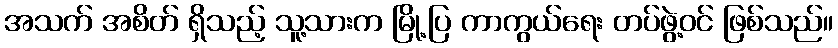
အသက် အစိတ် ရှိသည့် သူ့သားက မြို့ပြ ကာကွယ်ရေး တပ်ဖွဲ့ဝင် ဖြစ်သည်။